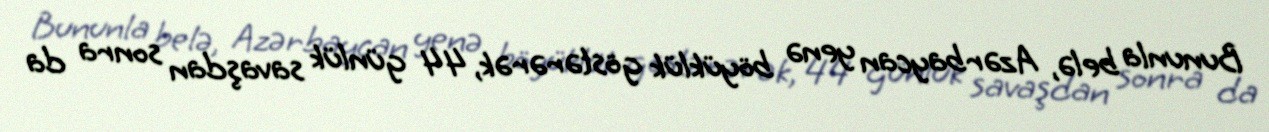
Bununla belə, Azərbaycan yenə böyüklük göstərərək, 44 günlük savaşdan sonra da